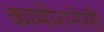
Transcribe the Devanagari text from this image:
कामोरानेसी